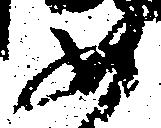
如